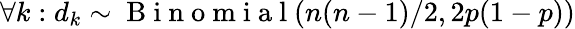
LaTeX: \forall k:d_{k}\sim\mathrm{~B~i~n~o~m~i~a~l~}(n(n-1)/2,2p(1-p))